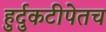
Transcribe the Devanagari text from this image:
हुर्दुकटीपेतच